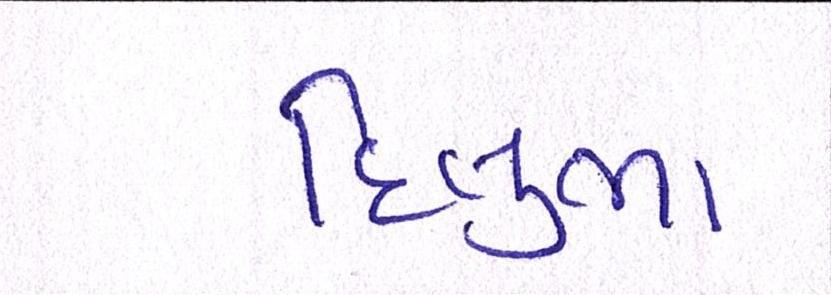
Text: દિલુભા